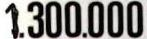
1.300.000